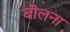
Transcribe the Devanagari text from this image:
बॊलना